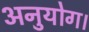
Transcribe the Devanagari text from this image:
अनुयोग।